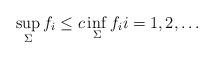
LaTeX: \begin{align*} \sup_{\Sigma} f_i \leq c \inf_{\Sigma} f_i i = 1, 2, \ldots\end{align*}